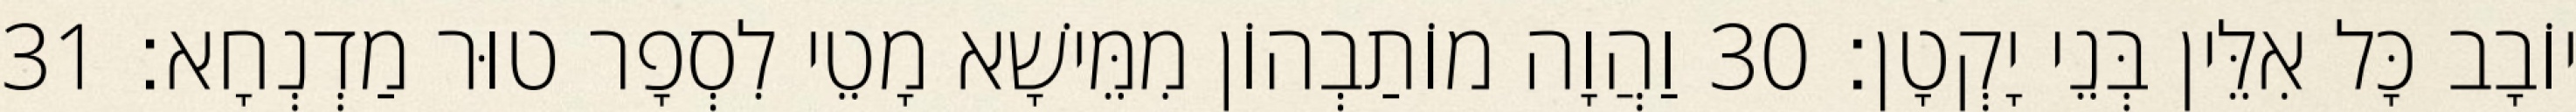
יוֹבָב כָּל אִלֵּין בְּנֵי יָקְטָן׃ 30 וַהֲוָה מוֹתַבְהוֹן מִמֵּישָׁא מָטֵי לִסְפָר טוּר מַדְנְחָא׃ 31